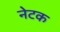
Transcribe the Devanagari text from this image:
नेटक